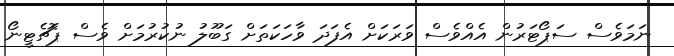
ނަމަވެސް ސަޕޯޓަރުން އެއްވެސް ވަރަކަށް އެފަދަ ވާހަކަތަށް ގަބޫލު ނުކުރުމަށް ވެސް ޕޮޗެޓީނޯ